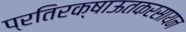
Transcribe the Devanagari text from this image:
प्रतिरक्षाऊतकरसायन